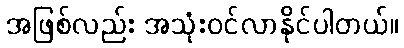
အဖြစ်လည်း အသုံးဝင်လာနိုင်ပါတယ်။